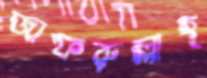
জাফরুল্লাহ্